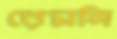
রেমনি